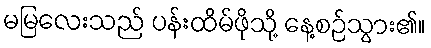
မမြလေးသည် ပန်းထိမ်ဖိုသို့ နေ့စဉ်သွား၏။